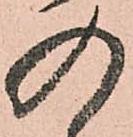
の